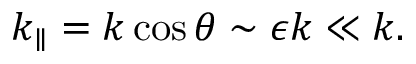
k _ { \parallel } = k \cos \theta \sim \epsilon k \ll k .